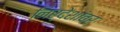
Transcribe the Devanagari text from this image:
निर्देशांवर